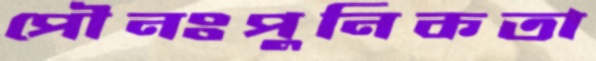
পৌনঃপুনিকতা